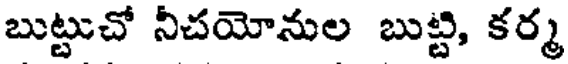
బుట్టుచో నీచయోనుల బుట్టి, కర్మ